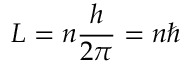
L = n { \frac { h } { 2 \pi } } = n \hbar